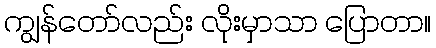
ကျွန်တော်လည်း လိုးမှာသာ ပြောတာ။